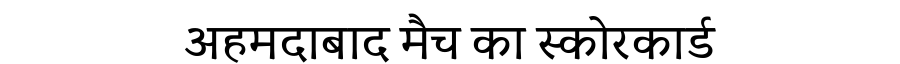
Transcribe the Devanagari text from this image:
अहमदाबाद मैच का स्कोरकार्ड